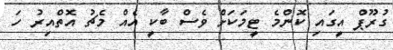
ގުރޫޕް އީގައި ކޮންމެ ޓީމަކަށް ވެސް ބާކީ އެއް މެޗު އޮތްއިިރު ހަ